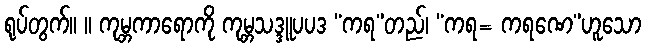
ရုပ်တွက်။ ။ ကုမ္ဘကာရောကို ကုမ္ဘသဒ္ဒူပပဒ “ကရ”တည်၊ “ကရ= ကရဏေ”ဟူသော